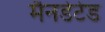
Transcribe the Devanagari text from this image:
मैनडेटेड